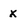
Character: x